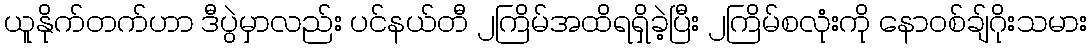
ယူနိုက်တက်ဟာ ဒီပွဲမှာလည်း ပင်နယ်တီ ၂ကြိမ်အထိရရှိခဲ့ပြီး ၂ကြိမ်စလုံးကို နောဝစ်ချ်ဂိုးသမား